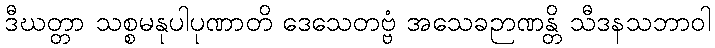
ဒီဃတ္တာ သစ္စမနုပါပုဏာတိ ဒေသေတဗ္ဗံ အသေခဉာဏန္တိ သီဒနသဘာဝါ